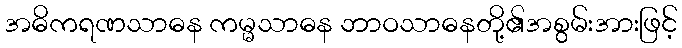
အဓိကရဏသာဓန ကမ္မသာဓန ဘာဝသာဓနတို့၏အစွမ်းအားဖြင့်